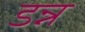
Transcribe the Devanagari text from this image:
डन्न